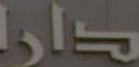
دار